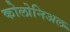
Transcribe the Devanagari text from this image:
कोलोनिअल